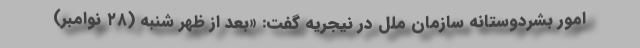
امور بشردوستانه سازمان ملل در نیجریه گفت: «بعد از ظهر شنبه (۲۸ نوامبر)